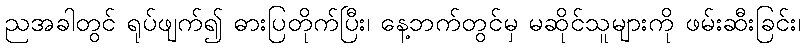
ညအခါတွင် ရုပ်ဖျက်၍ ဓားပြတိုက်ပြီး၊ နေ့ဘက်တွင်မှ မဆိုင်သူများကို ဖမ်းဆီးခြင်း၊